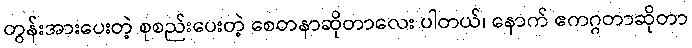
တွန်းအားပေးတဲ့ စုစည်းပေးတဲ့ စေတနာဆိုတာလေး ပါတယ်၊ နောက် ဧကဂ္ဂတာဆိုတာ